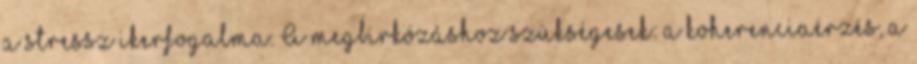
a stressz ikerfogalma. A megbirkózáshoz szükségesek: a koherenciaérzés, a